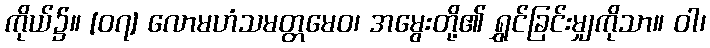
ကိုယ်၌။ [၀၇] လောမဟံသမတ္တမေဝ၊ အမွေးတို့၏ ရွှင်ခြင်းမျှကိုသာ။ ဝါ၊